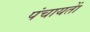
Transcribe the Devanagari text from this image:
पंचायताें